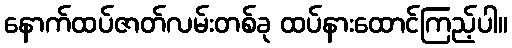
နောက်ထပ်ဇာတ်လမ်းတစ်ခု ထပ်နားထောင်ကြည့်ပါ။